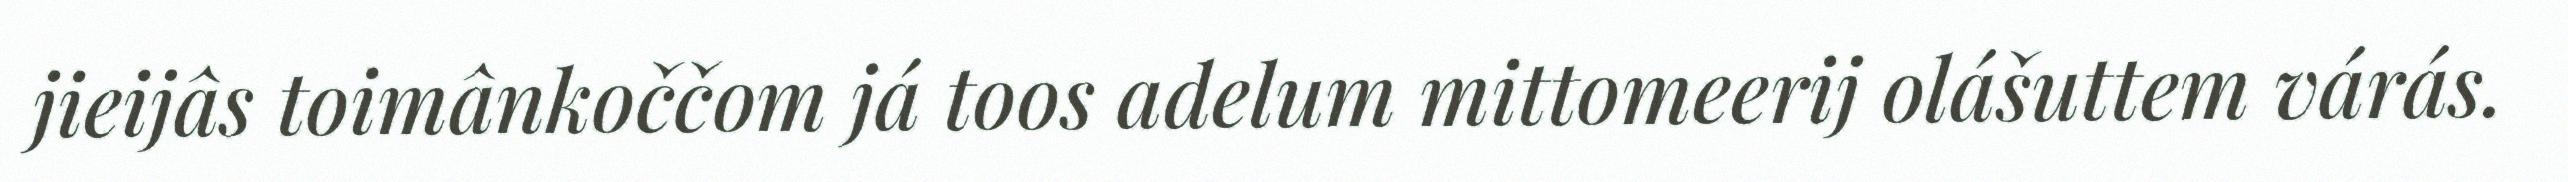
jieijâs toimânkoččom já toos adelum mittomeerij olášuttem várás.